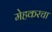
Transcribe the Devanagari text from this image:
मेहकरचा